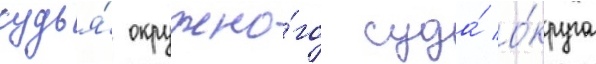
судья́ окружно́го суда́ о́круга